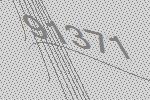
91371